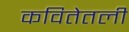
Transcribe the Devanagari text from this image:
कवितेतली